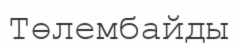
Төлембайды